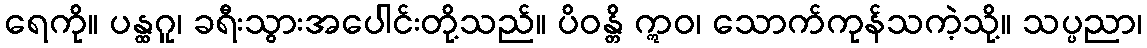
ရေကို။ ပန္ထဂူ၊ ခရီးသွားအပေါင်းတို့သည်။ ပိဝန္တိ ဣဝ၊ သောက်ကုန်သကဲ့သို့။ သပ္ပညာ၊